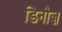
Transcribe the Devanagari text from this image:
डिनोज़